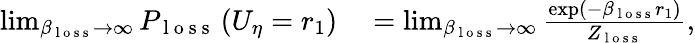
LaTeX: \begin{array}{rl}{\operatorname*{lim}_{\beta_{\mathrm{~l~o~s~s~}}\rightarrow\infty}P_{\mathrm{~l~o~s~s~}}\left(U_{\eta}=r_{1}\right)}&{{}=\operatorname*{lim}_{\beta_{\mathrm{~l~o~s~s~}}\rightarrow\infty}\frac{\exp\left(-\beta_{\mathrm{~l~o~s~s~}}r_{1}\right)}{Z_{\mathrm{~l~o~s~s~}}},}\end{array}